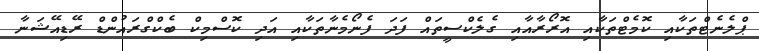
ޕްލެނެޓްތަކާއި ކޮމެޓްތަކާއި އޮރޯރާއާއި ގެލެކްސީތައް ފަދަ ފެނޯމެނާތަކާއި އަދި ކޮސްމިކް ބެކްގްރައުންޑް ރޭޑިއޭޝަނާ